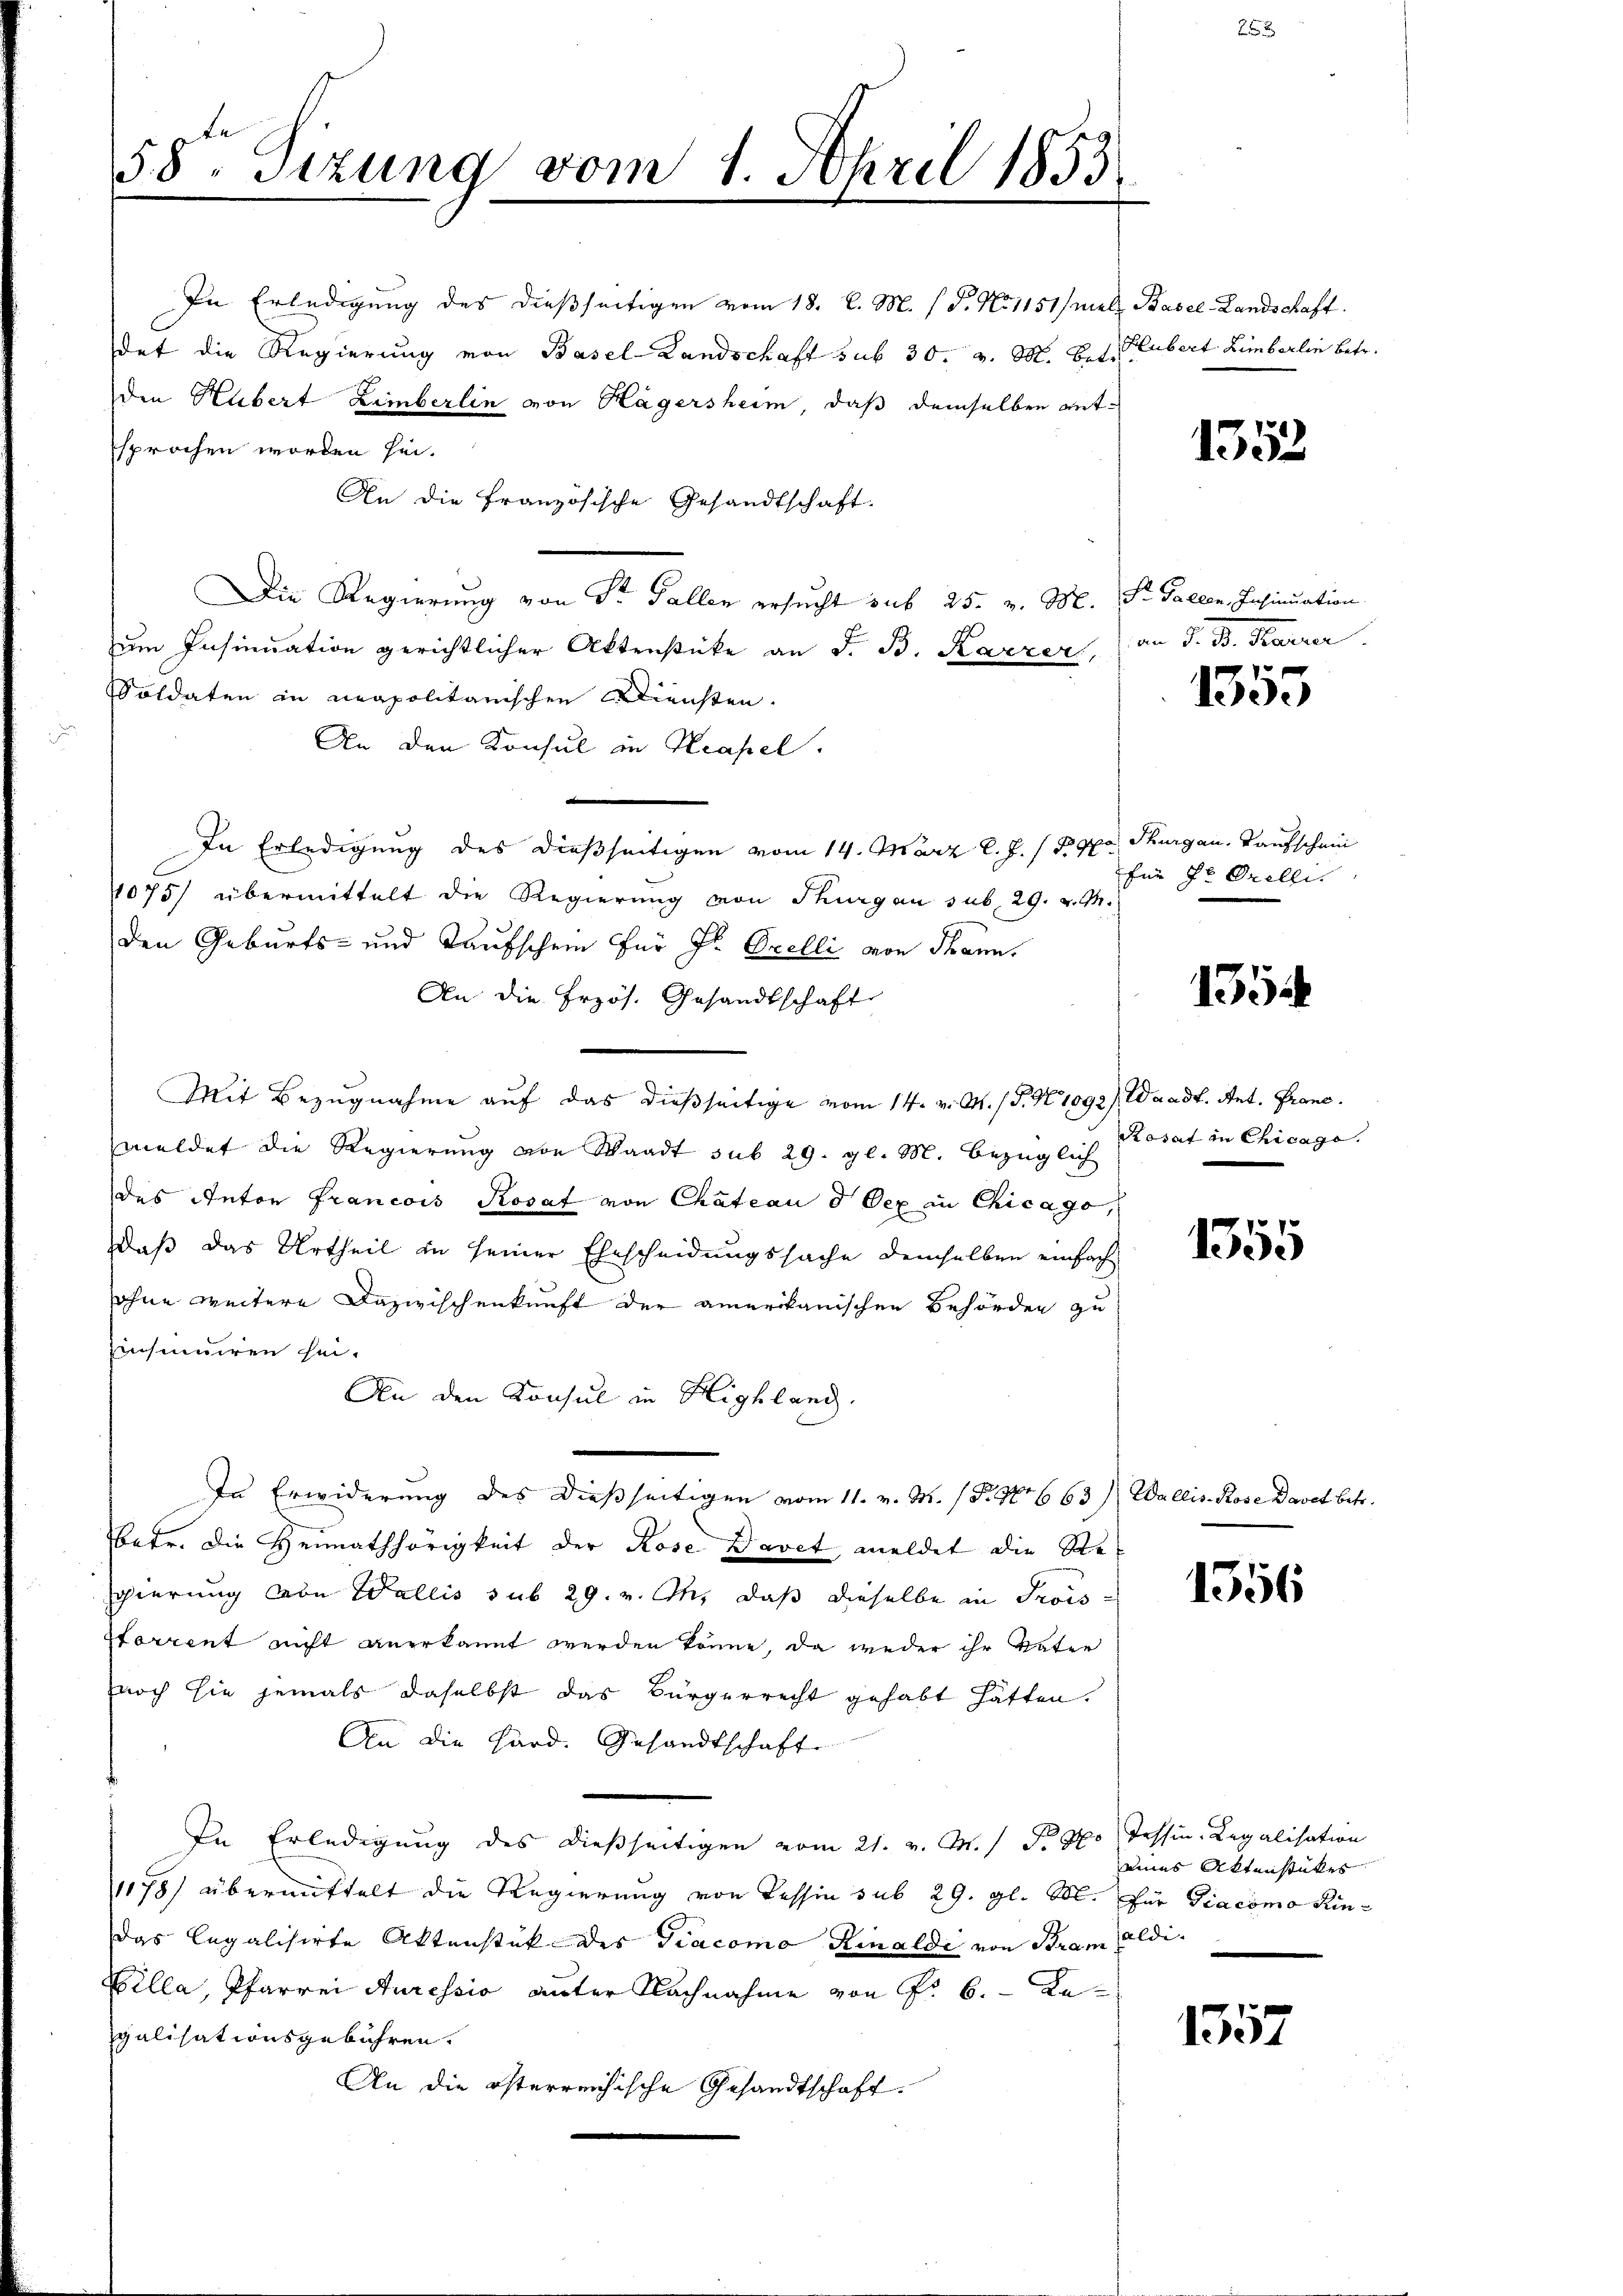
In Erledigung des dießseitigen vom 18. d. M. h. T. No 1151/ mal Basel-Landschaft.
dat die Regierung von Basel-Landschaft sub 30. v. M. Bet. Hubert Limberlin betr.
den Hubert Limberlin von Hagersheim, daß demselben entsprochen worden sei.
An die Französische Gesandtschaft.
Die Regierung von Sr. Fallen ersucht sub 25. v. M. St. Gallen, Insinuation
um Insinuation gerichtlicher Aktenstücke an F. B. Karzer, an J. B. Karrer
soldaten in neapolitarischen Diensten.
An den Konsul in Neapel.
In Erledigung des dießseitigen vom 14. März l. J. 1797. Thurgau, Kaufschein
1075) übermittelt die Regierung von Thurgau sub. 29. v. M.
den Geburts- und Taufschein für Hr. Orelli von Thann
An die Erzös. Gesandtschaft
Mit Bezugnahme auf das dießseitige vom 14. v. M. (T. N. 1092), Waadt. Ant. Prane.
meldet die Regierung von Waadt sub 29. gl. M. bezüglich Storat in Chicage.
des Anton Francois Rosaf von Chateau d Oex in Chicago,
daß das Urtheil in seiner Ehescheidungssache demselben einfachohne weitere Dazwischenkunft der amerikanischen Behörden zu
Einsinuiren sei.
An den Konsul in Highland.
In Erwiderung des dießseitigen vom 11. v. M. (S. 486 63) Wallis Rose Davet betr.
betr. die Heimathörigkeit der Rose Davet, meldet die Re¬
Egierung von Wallis sub 29. v. Oh, daß dieselbe in Trois-
sterrent nicht anerkannt werden könne, da weder ihr Vater
znoch sie jemals daselbst das Bürgerrecht gehabt hätten.
An die Hard. Gesandtschaft
In Erledigung des dießseitigen vom 21. v. M. / Nr 770 Tessin-Legalisation
1178) übermittelt die Regierung von Tessin sub 29. gl. M. für Giacomo Kin-
Das legalisirte Aktenstück des Giacomo Rinalde von Bram oldi-
Villa, Pfarrei Auressio unter Nachnahme von P. 6. Kagalisationsgebühren.
An die österreichische Gesandtschaft.

58. Sizung vom 1. April 1853.

für Hr. Orelli

1352

1355

1354

1355

1556

eines Aktenstückes

1357